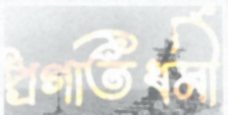
প্রগতিধর্মী